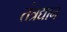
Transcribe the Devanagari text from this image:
तंत्रद्यान